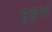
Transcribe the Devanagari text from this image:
सुकूनत